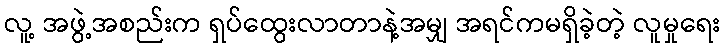
လူ့ အဖွဲ့အစည်းက ရှပ်ထွေးလာတာနဲ့အမျှ အရင်ကမရှိခဲ့တဲ့ လူမှုရေး